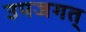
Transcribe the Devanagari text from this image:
उपजगत्